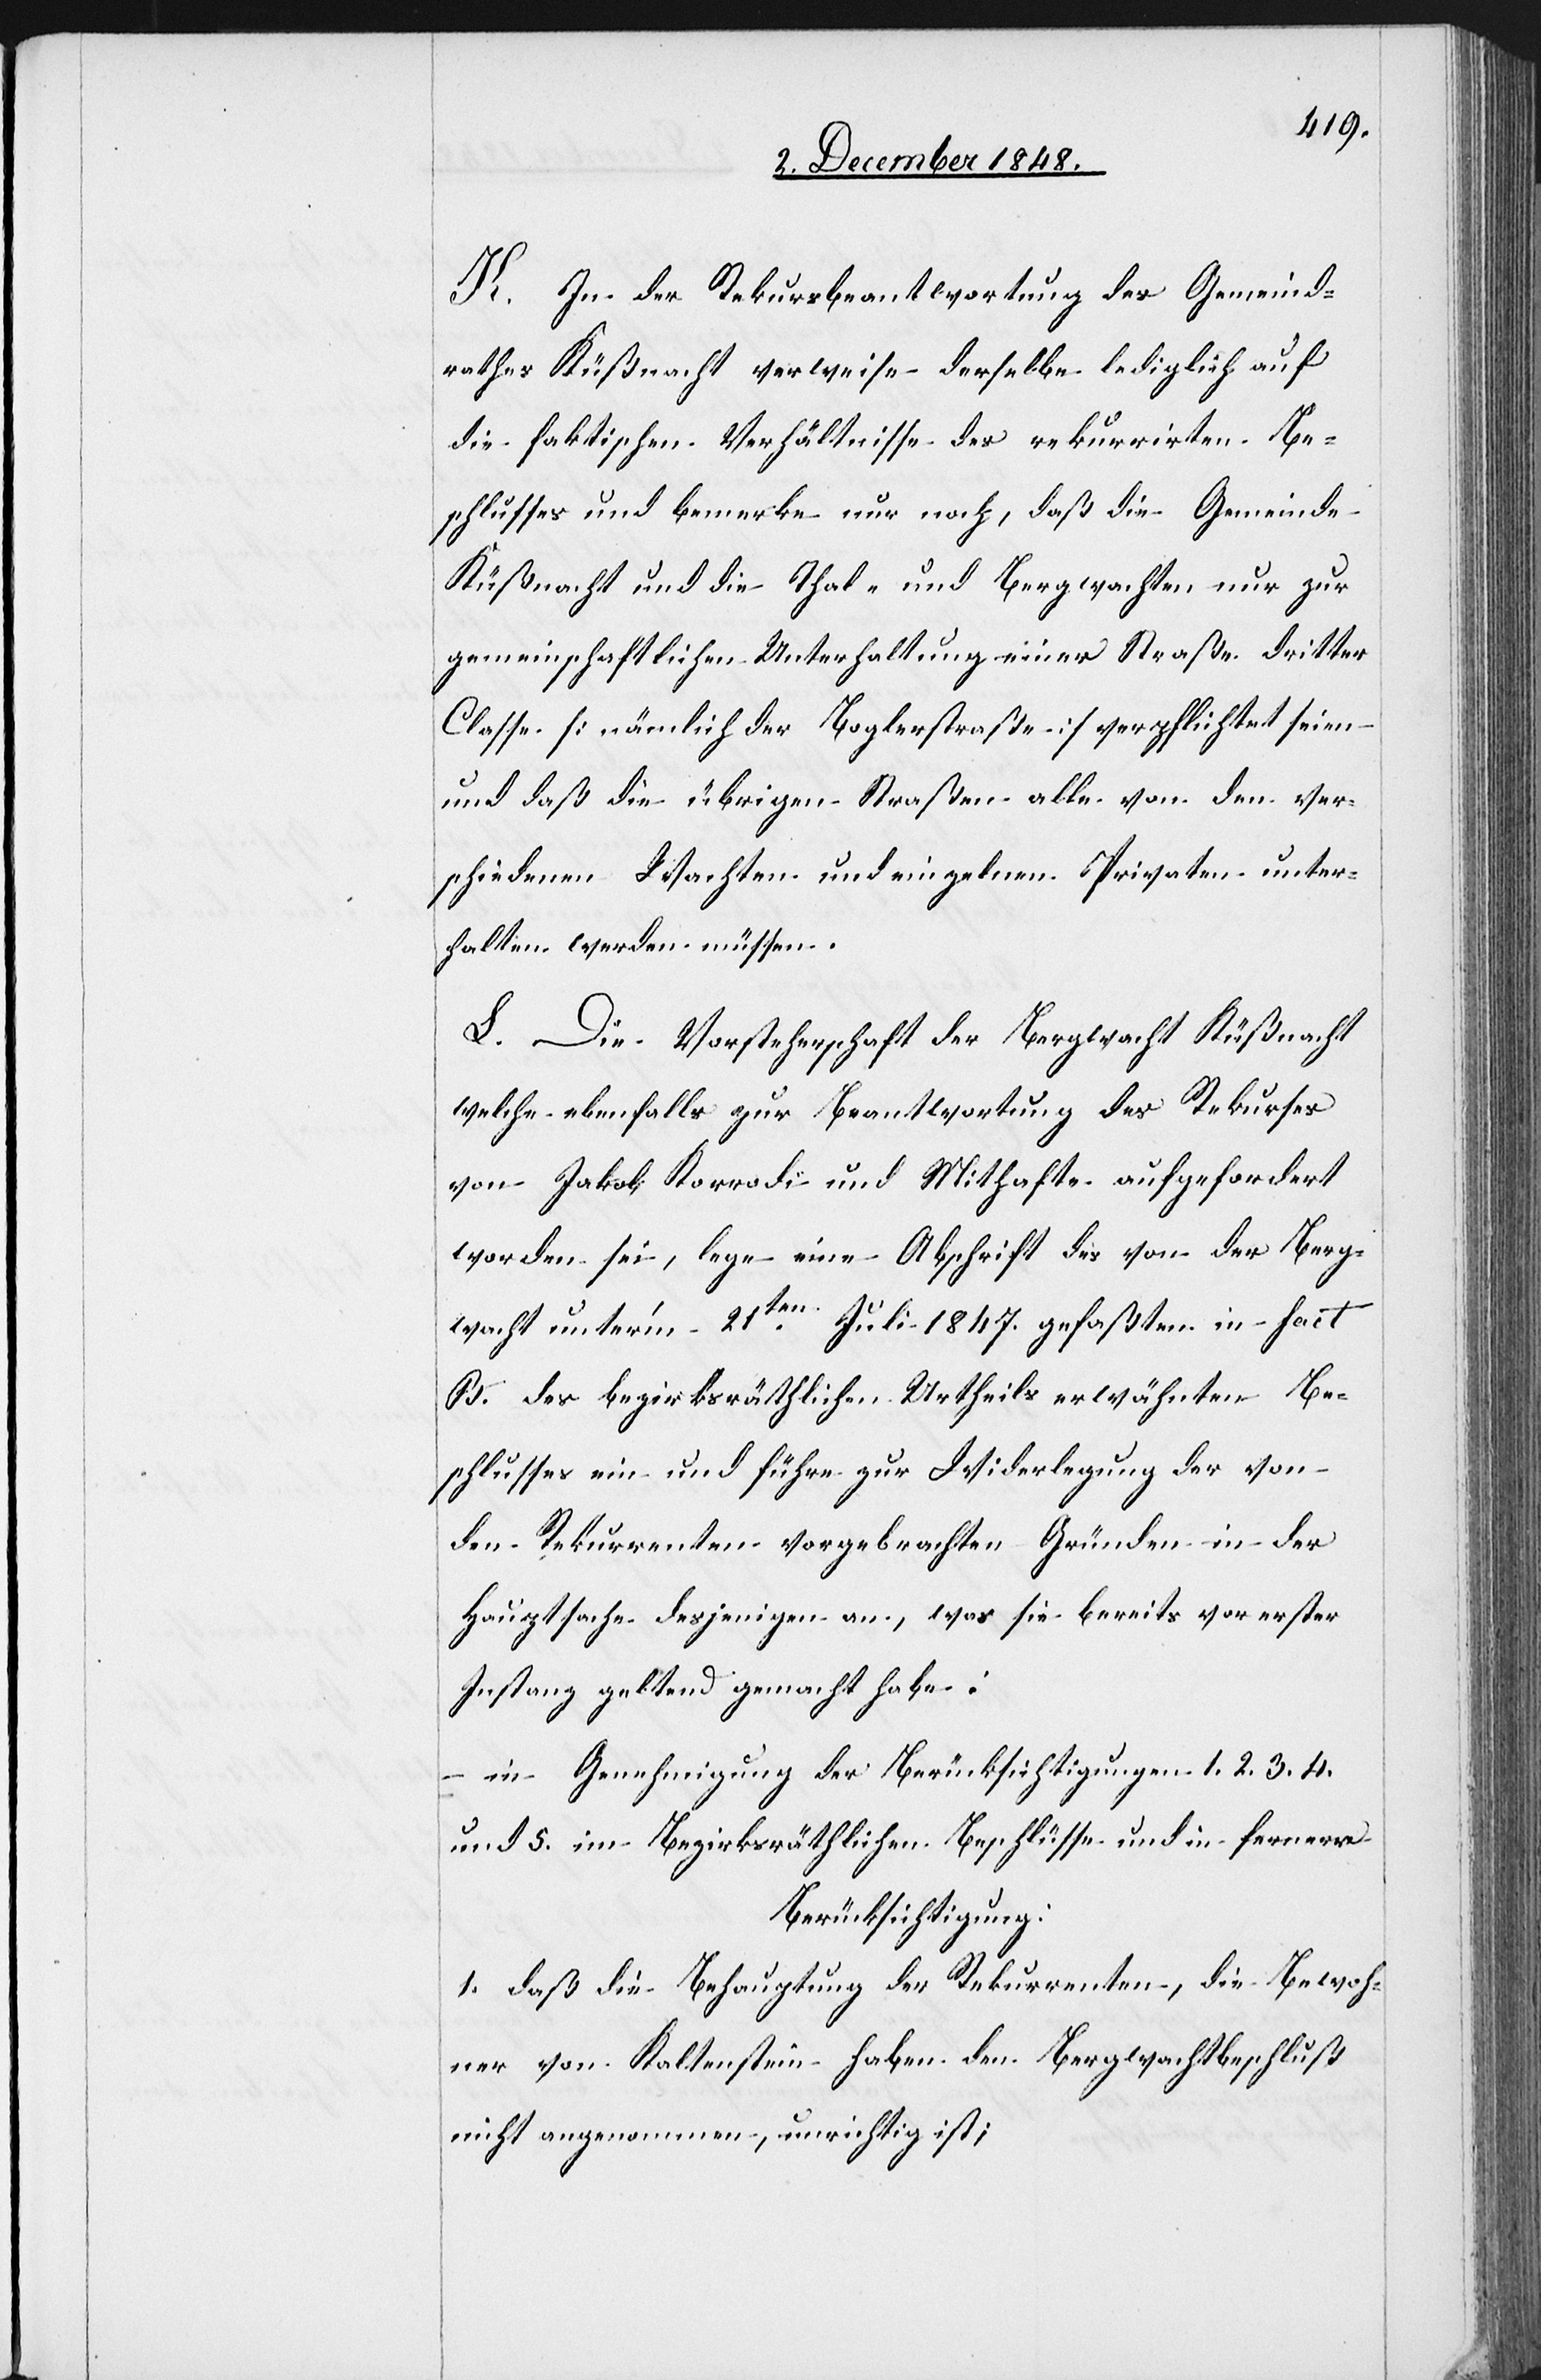
K. In der Rekursbeantwortung des Gemeind¬
rathes Küßnacht verweise derselbe lediglich auf
die faktischen Verhältnisse des rekurrirten Be¬
schlusses und bemerke nur noch, daß die Gemeinde
Küßnacht und die Thal- und Bergwachten nur zur
gemeinschaftlichen Unterhaltung einer Straße dritter
Classe [nämlich der Boglerstraße] verpflichtet seien
und daß die übrigen Straßen alle von den ver¬
schiedenen Wachten und einzelnen Privaten unter¬
halten werden müssen.
L. Die Vorsteherschaft der Bergwacht Küßnacht
welche ebenfalls zur Beantwortung des Rekurses
von Jakob Korrodi und Mithafte aufgefordert
worden sei, lege eine Abschrift des von der Berg¬
wacht unter’m 21ten Juli 1847. gefaßten in fact
B. des bezirksräthlichen Urtheils erwähnten Be¬
schlusses ein und führe zur Widerlegung der von
den Rekurrenten vorgebrachten Gründen in der
Hauptsache desjenigen an, was sie bereits vor erster
Instanz geltend gemacht habe:
in Genehmigung der Berücksichtigungen 1. 2. 3. 4.
und 5. im Bezirksräthlichen Beschlüsse und in fernerer
Berücksichtigung:
1. daß die Behauptung der Rekurrenten, die Bewoh¬
ner von Kaltenstein haben den Bergwachtbeschluß
nicht angenommen, unrichtig ist,